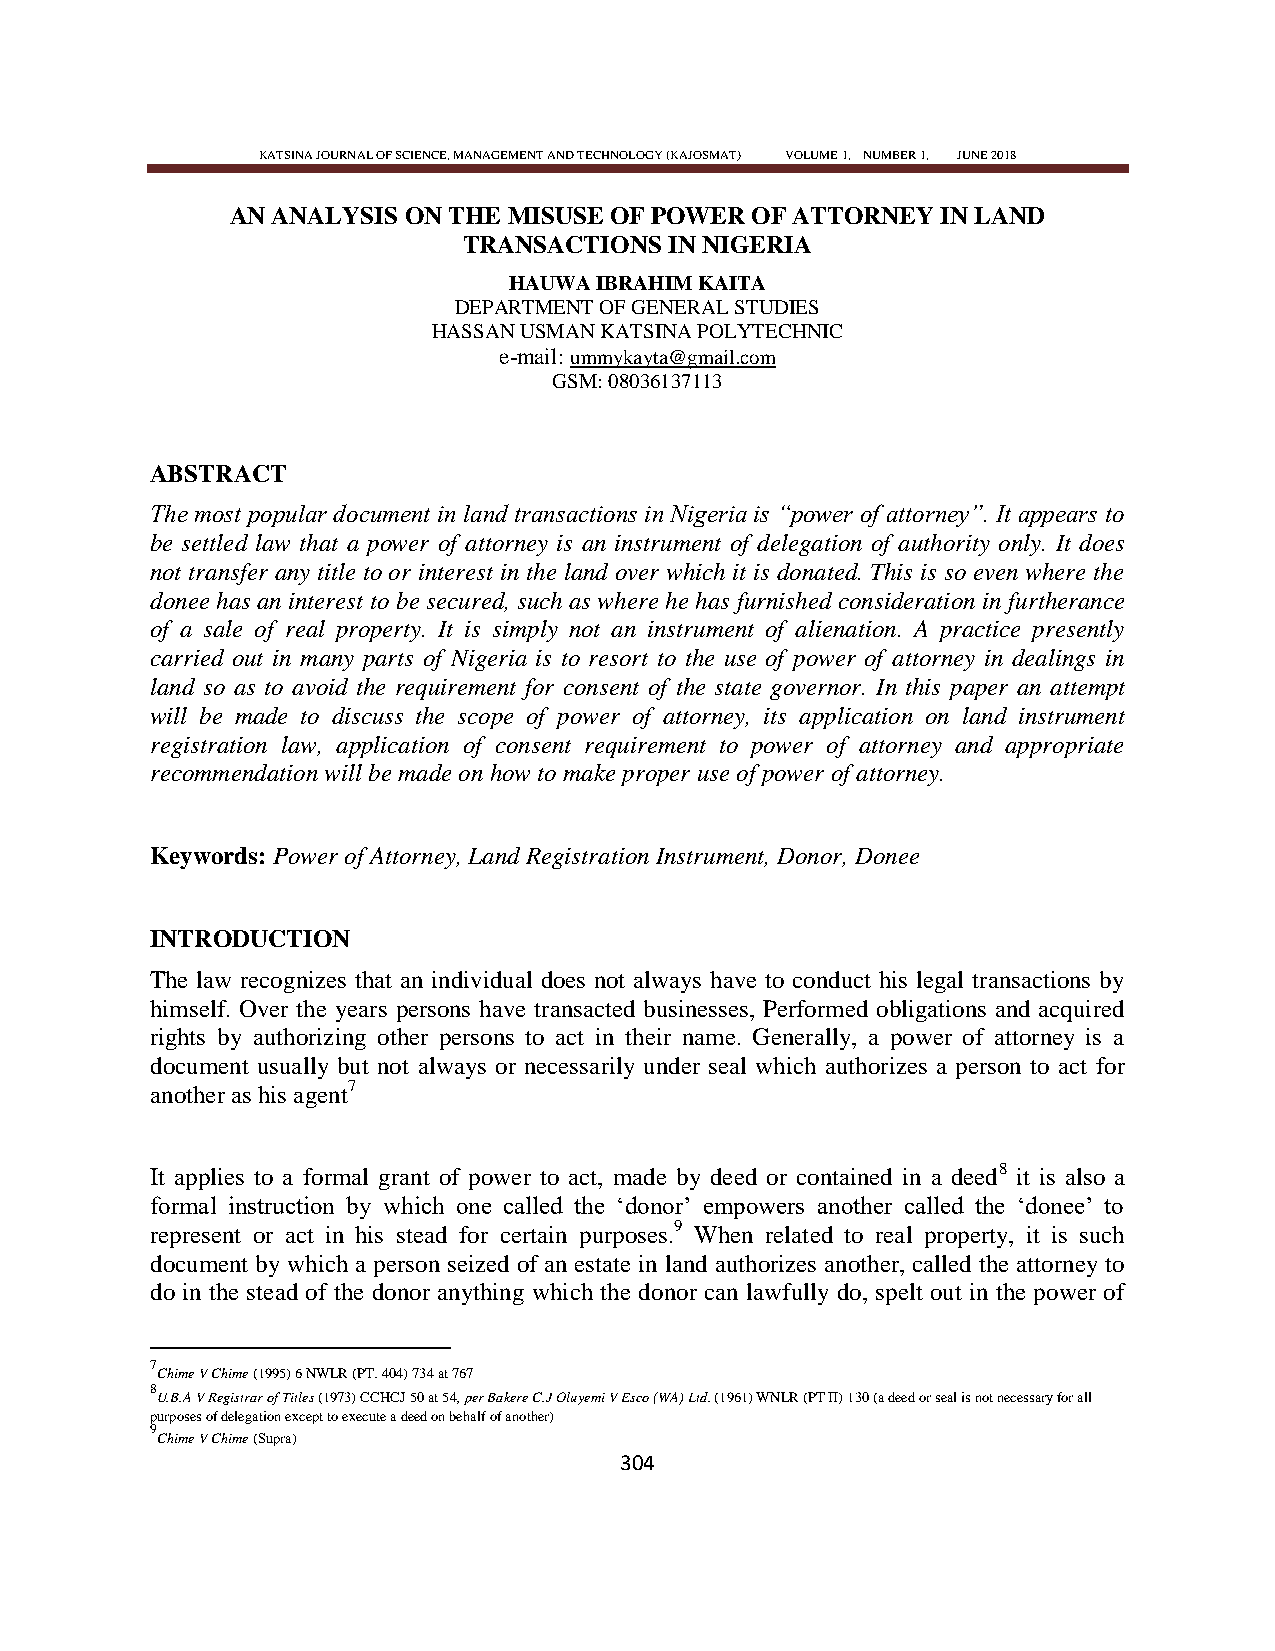
KATSINA JOURNAL OF SCIENCE, MANAGEMENT AND TECHNOLOGY (KAJOSMAT) VOLUME 1, NUMBER 1, JUNE 2018
 AN ANALYSIS ON THE MISUSE OF POWER OF ATTORNEY IN LAND
 TRANSACTIONS IN NIGERIA
 HAUWA IBRAHIM KAITA
 DEPARTMENT OF GENERAL STUDIES
 HASSAN USMAN KATSINA POLYTECHNIC
 e-mail: ummykayta@gmail.com
 GSM: 08036137113
 ABSTRACT
 The most popular document in land transactions in Nigeria is ―power of attorney‖. It appears to
 be settled law that a power of attorney is an instrument of delegation of authority only. It does
 not transfer any title to or interest in the land over which it is donated. This is so even where the
 donee has an interest to be secured, such as where he has furnished consideration in furtherance
 of a sale of real property. It is simply not an instrument of alienation. A practice presently
 carried out in many parts of Nigeria is to resort to the use of power of attorney in dealings in
 land so as to avoid the requirement for consent of the state governor. In this paper an attempt
 will be made to discuss the scope of power of attorney, its application on land instrument
 registration law, application of consent requirement to power of attorney and appropriate
 recommendation will be made on how to make proper use of power of attorney.
 Keywords: Power of Attorney, Land Registration Instrument, Donor, Donee
 INTRODUCTION
 The law recognizes that an individual does not always have to conduct his legal transactions by
 himself. Over the years persons have transacted businesses, Performed obligations and acquired
 rights by authorizing other persons to act in their name. Generally, a power of attorney is a
 document usually but not always or necessarily under seal which authorizes a person to act for
 another as his agent7
 It applies to a formal grant of power to act, made by deed or contained in a deed8 it is also a
 formal instruction by which one called the ‗donor‘ empowers another called the ‗donee‘ to
 represent or act in his stead for certain purposes.9 When related to real property, it is such
 document by which a person seized of an estate in land authorizes another, called the attorney to
 do in the stead of the donor anything which the donor can lawfully do, spelt out in the power of
 7
 Chime V Chime (1995) 6 NWLR (PT. 404) 734 at 767
 8
 U.B.A V Registrar of Titles (1973) CCHCJ 50 at 54, per Bakere C.J Oluyemi V Esco (WA) Ltd. (1961) WNLR (PT II) 130 (a deed or seal is not necessary for all
 purposes of delegation except to execute a deed on behalf of another)
 9
 Chime V Chime (Supra)
 304